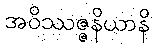
အဝိဿဇ္ဇနိယာနိ